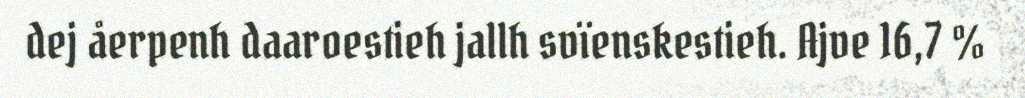
dej åerpenh daaroestieh jallh svïenskestieh. Ajve 16,7 %